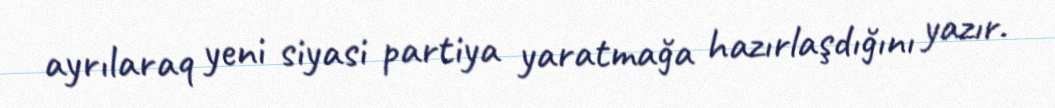
ayrılaraq yeni siyasi partiya yaratmağa hazırlaşdığını yazır.